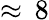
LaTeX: \approx\, 8